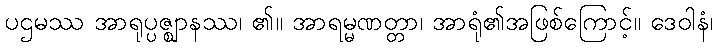
ပဌမဿ အာရုပ္ပဇ္ဈာနဿ၊ ၏။ အာရမ္မဏတ္တာ၊ အာရုံ၏အဖြစ်ကြောင့်။ ဒေဝါနံ၊